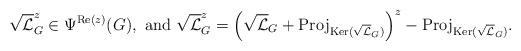
LaTeX: \begin{align*} \sqrt{\mathcal{L}}_{G}^z\in \Psi^{\textnormal{Re}(z)}(G), \textnormal{ and } \sqrt{\mathcal{L}}_{G}^z=\left(\sqrt{\mathcal{L}}_{G}+\textnormal{Proj}_{\textnormal{Ker}(\sqrt{\mathcal{L}}_{G})}\right)^z- \textnormal{Proj}_{\textnormal{Ker}(\sqrt{\mathcal{L}}_{G})}.\end{align*}